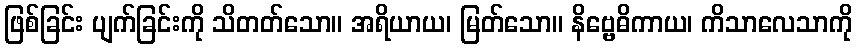
ဖြစ်ခြင်း ပျက်ခြင်းကို သိတတ်သော။ အရိယာယ၊ မြတ်သော။ နိဗ္ဗေဓိကာယ၊ ကိသာလေသာကို